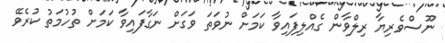
ނޫސްވެރިޔާ ރިލްވާން ގެއްލިފައިވާ ކަމަށް ނުވަތަ ވަގަށް ނަގާފައިވާ ކަމަށް ތުހުމަތު ކުރެވޭ